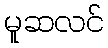
မူဆလင်